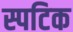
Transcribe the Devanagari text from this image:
स्पटिक